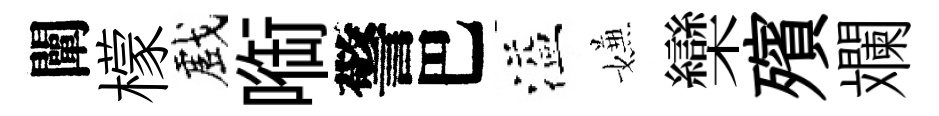
闡檬戲㗸警巴溢嫌欒殯斕